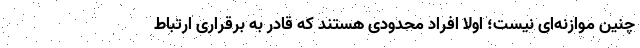
چنین موازنه‌ای نیست؛ اولا افراد محدودی هستند که قادر به برقراری ارتباط